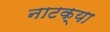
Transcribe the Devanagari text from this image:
नाटक्या